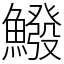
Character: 鱍